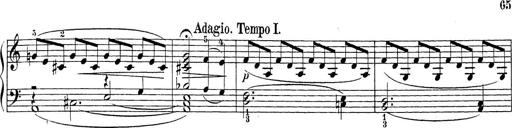
Title: Sonatina Album
Composer: Louis KÃ¶hler